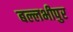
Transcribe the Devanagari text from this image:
बल्लभीपुर